Scottish Certificate of Education, 1963
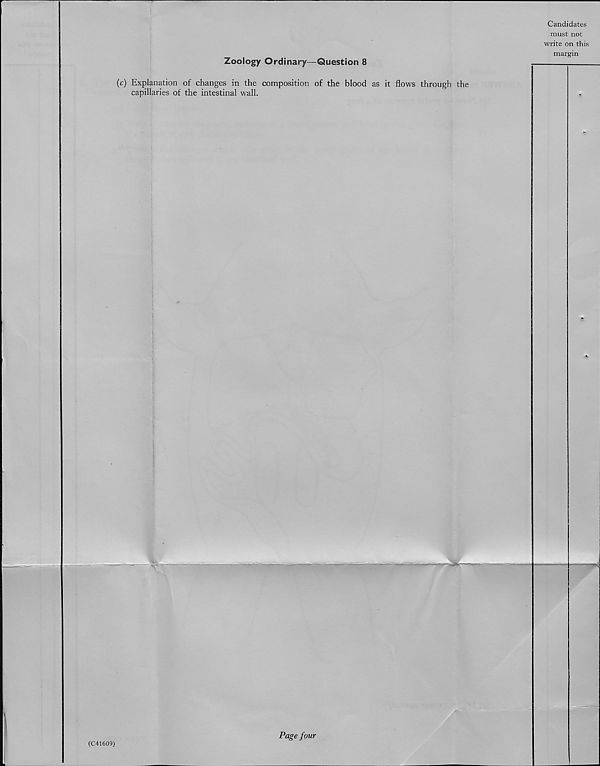
Zoology Ordinary—Question 8
(c) Explanation of changes in the composition of the blood as it flows through the
capillaries of the intestinal wall.
(C41609)
Page four